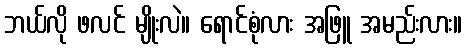
ဘယ်လို ဖလင် မျိုးလဲ။ ရောင်စုံလား အဖြူ အမည်းလား။